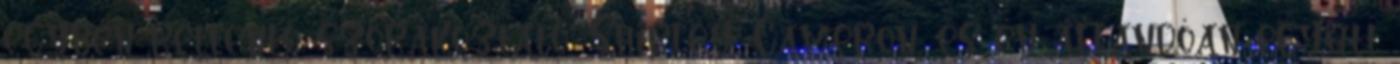
egyben rettentő szórakoztató. Shirley, Cameron, és én állandóan együtt